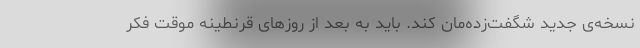
نسخه‌ی جدید شگفت‌زده‌مان کند. باید به بعد از روزهای قرنطینه موقت فکر